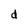
Character: d